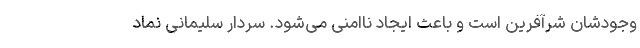
وجودشان شرآفرین است و باعث ایجاد ناامنی می‌شود. سردار سلیمانی نماد